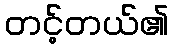
တင့်တယ်၏